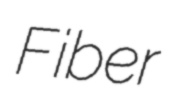
Fiber